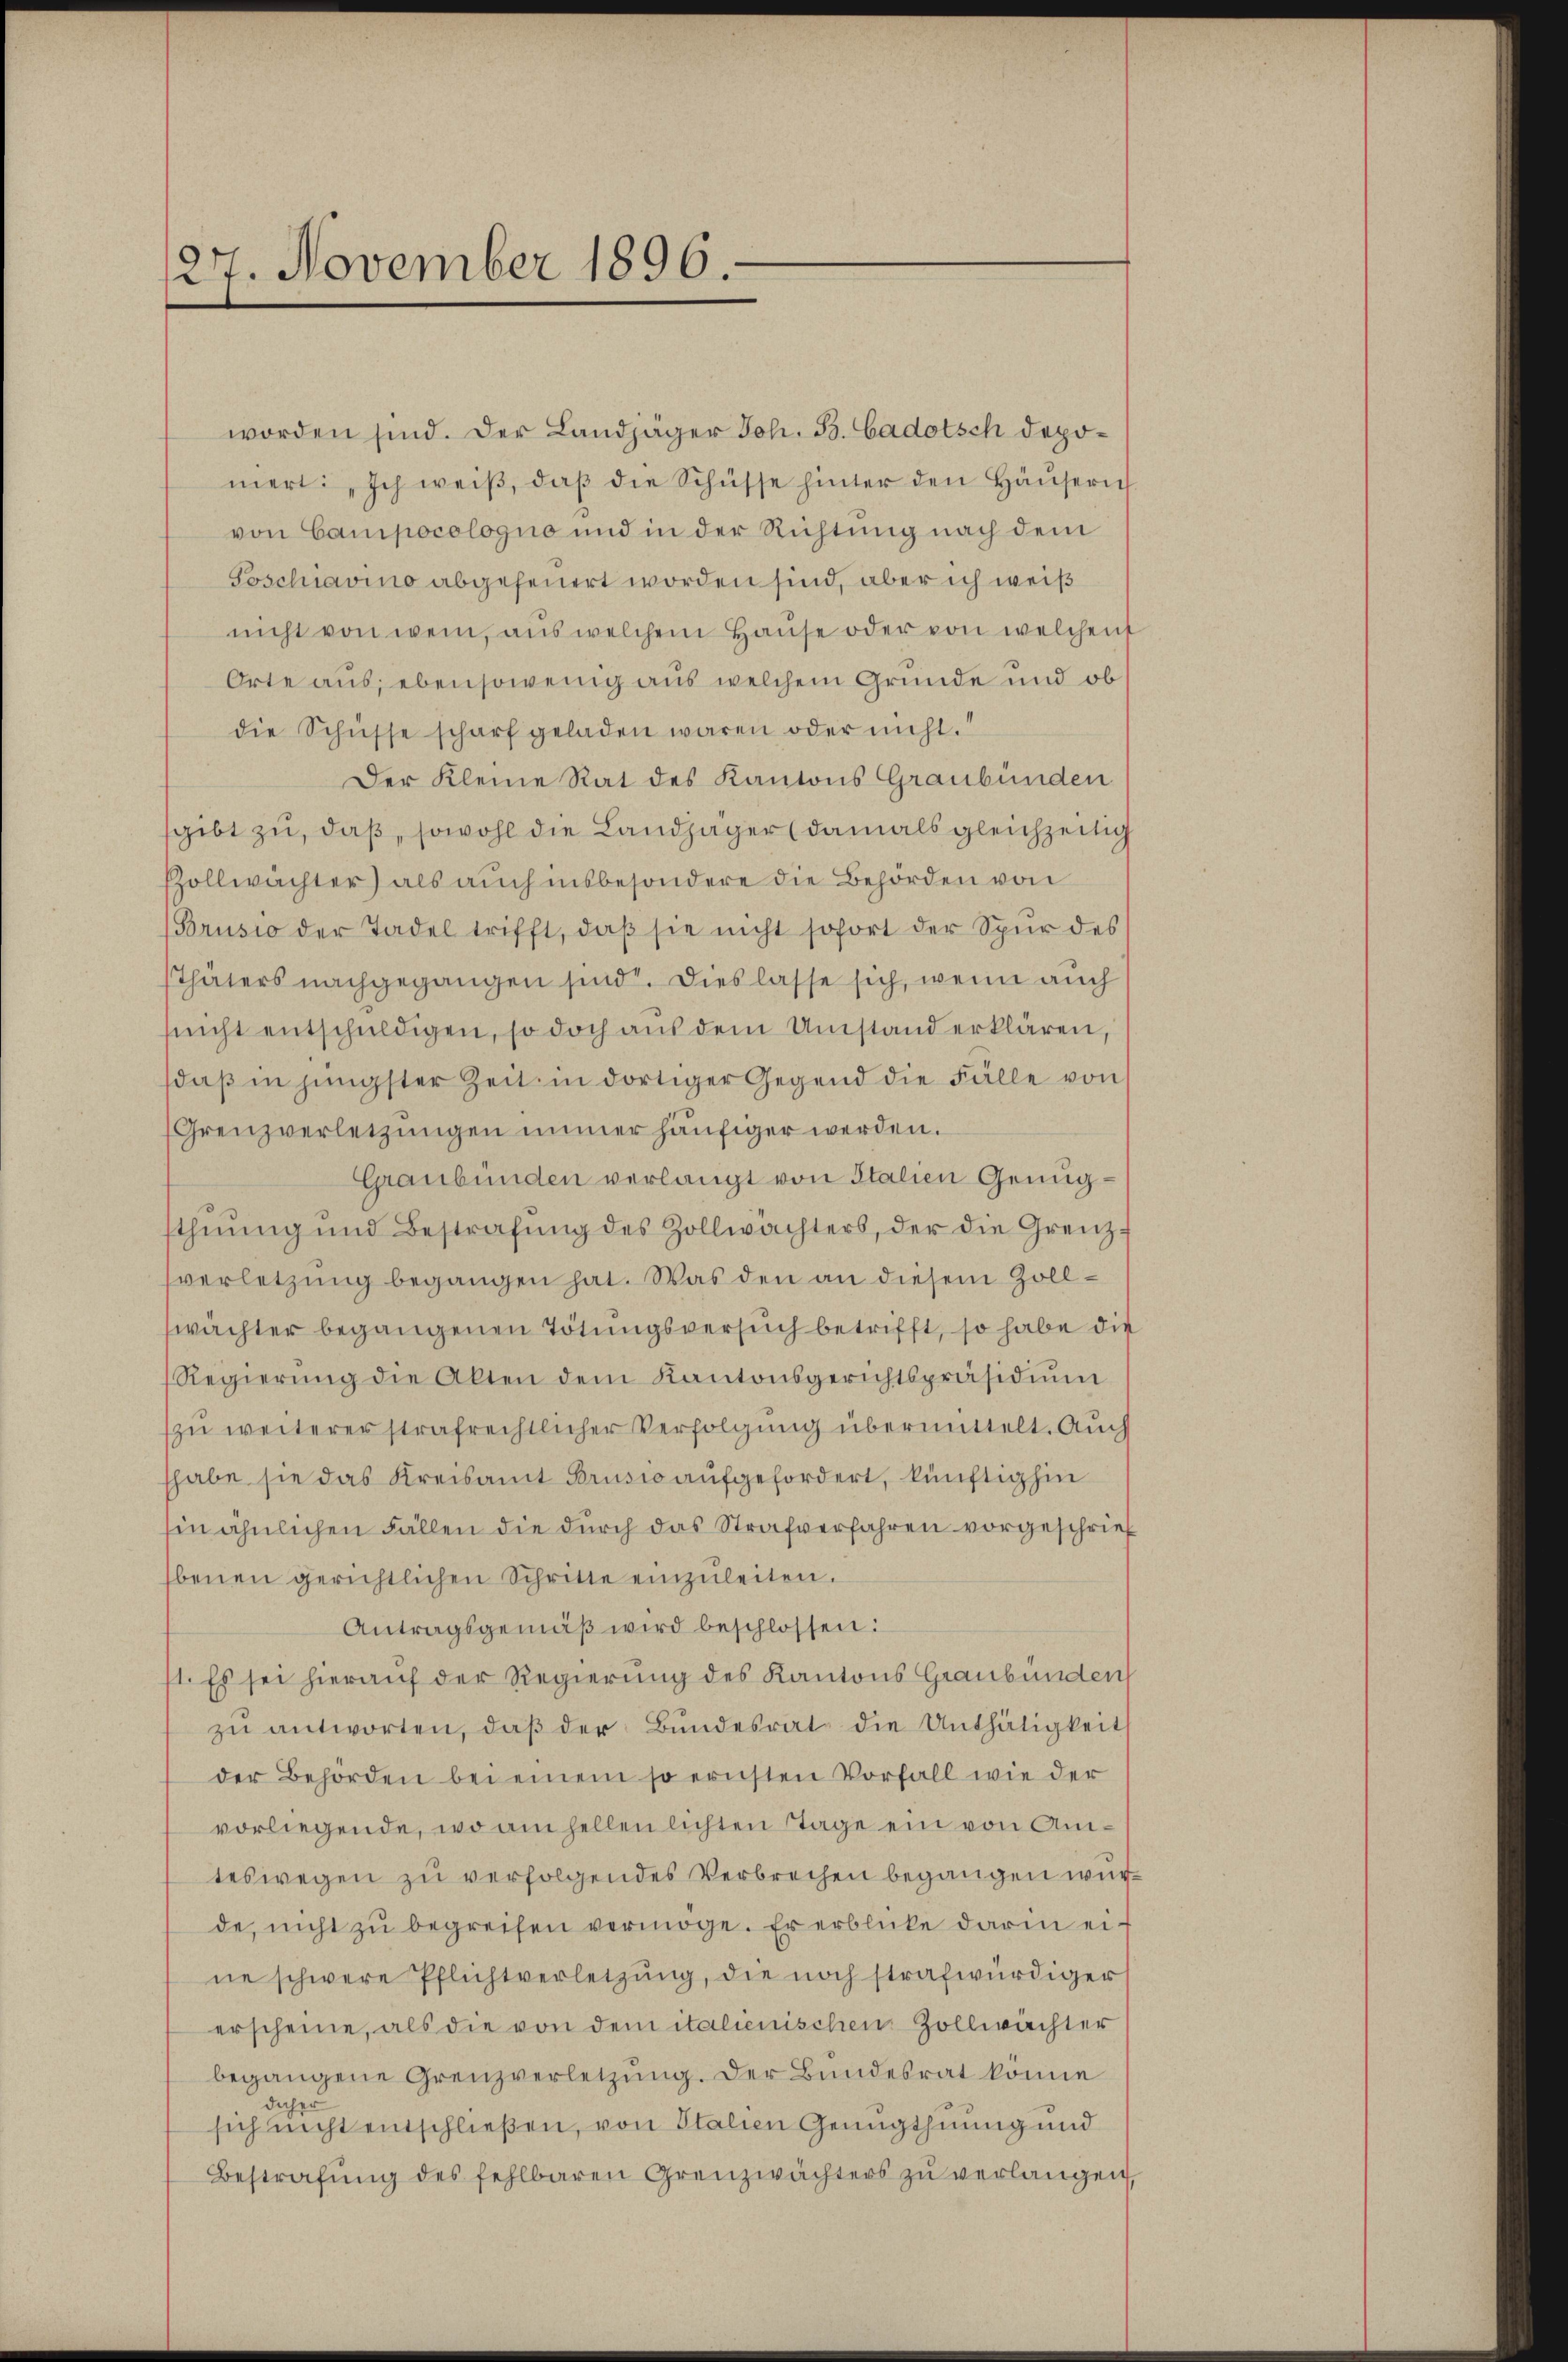
27. November 1896.

worden sind. Der Landjäger Joh. B. Gadotsch depomert: „Ich weiβ, daβ die Schüsse hinter den Häŭserich
von Camipocologno und in der Richtung nach dem
Poschiavino abgeheuert worden sind, aber ich weiß
nicht von wem, aus welchem Hause oder von welchen
Orte aus; ebensowenig aus welchem Grunde und ob
die Schüsse scharf geladen waren oder nicht.
Der Kleine Rat des Kantons Graubünden
sgibt zu, daß, sowohl die Landjäger (damals gleichzeitig
Zollwachter) als auch insbesondere die Behörden von
Brusio der Tadel trifft, daβ sie nicht sofort der Spur des
Thäters nachgegangen sind. Dieslasse sich, wenn auch
snicht entschuldigen, so doch aus dem Umstand erklären,
daß in jüngster Zeit in dortiger Gegend die Fälle von
Grenzverletzungen immer häufiger werden.
Graubünden verlangt von Italien Genügsthŭŭng und Bestrafŭng des Zollwachters, der die Grenzsverletzung begangen hat. Was den an diesem Zollwächter begangenen Tötungsversuch betrifft, so habe die
Regierŭng die Akten dem Kantonsgerichtspräsidiŭm
zu weiterer strafrechtlicher Verfolgung übermittelt. Auch
habe sie das Kreisamt Brusio aufgefordert, künftighin
Ein ähnlichen Fällen die durch das Strafverfahren vorgeschrieb
benen gerichtlichen Schritte einzŭleiten.
Antragsgemäβ wird beschlossen:
1. Es sei hierauf der Regierung des Kantons Graubünden
zŭ antworten, daβ der Bundesrat die Unthätigkeit
der Behörden bei einem so ernsten Vorfall wie der
vorliegende, wo am hellenlichten Stage ein von Amteswegen zu verfolgendes Verbrechen begangen würde, nicht zŭ begreifen vermöge. Er erblicke darin eine schwere Pflichtverletzŭng, die noch strafwürdiger
erscheine, als die von dem italienischen Zollwachter
begangene Grenzverletzung. Der Bundesrat könne
daher
sich nicht entschließen, von Italien Genugthuung und
Bestrafŭng des fehlbaren Grenzwächters zŭ verlangen,